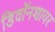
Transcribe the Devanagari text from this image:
डिवॉनशायर